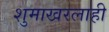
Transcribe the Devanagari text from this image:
शुमाखरलाही